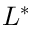
L ^ { * }